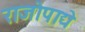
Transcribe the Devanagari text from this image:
राजोपाद्ये